Rangoon Lunatic Asylum 1898-1906 - 1898-1906
Year: 1898
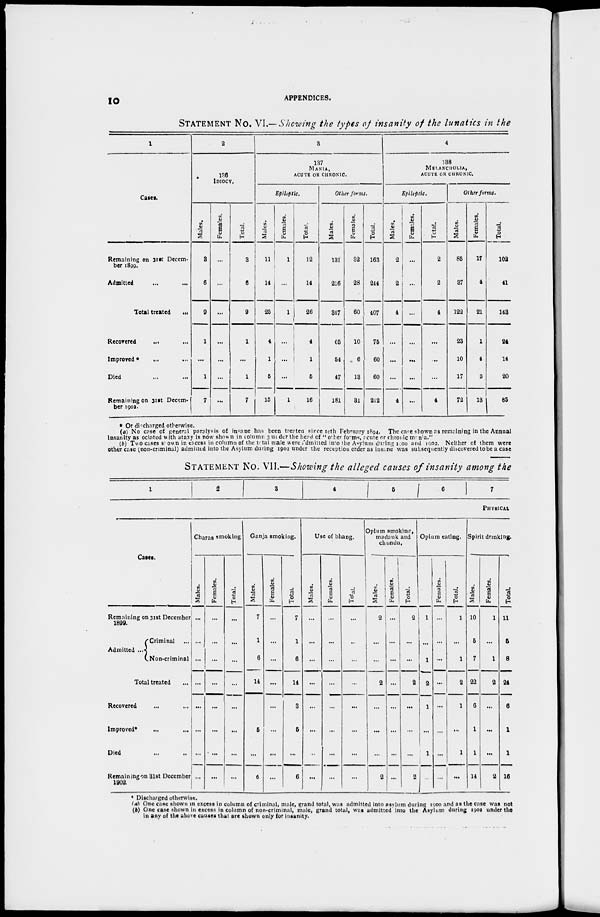
10
APPENDICES.
STATEMENT No. VI.— Showing the types of insanity of the lunatics in the
1
Cases.
Remaining on 31st Decem-
ber 1899.
Admitted ... ...
Total treated
...
Recovered ... ...
Improved * ... ...
Died ... ...
Remaining on 31st Decem-
ber 1902.
2
136
IDIOCY.
Males.
3
6
9
1
...
1
7
Females.
...
...
...
...
...
...
...
Total.
3
6
9
1
...
1
7
3
137
MANIA,
ACUTE OR CHRONIC.
Epileptic.
Males.
11
14
25
4
1
5
15
Females.
1
...
1
...
...
...
1
Total.
12
14
26
4
1
5
16
Other forms.
Males.
131
216
347
65
54
47
181
Females.
32
28
60
10
6
13
31
Total.
163
244
407
75
60
60
212
4
138
MELANCHOLIA.
ACUTE OR CHRONIC.
Epileptic.
Males.
2
2
4
...
...
...
4
Females.
...
...
...
...
...
...
...
Total.
2
2
4
...
...
...
4
Other forms.
Males.
85
37
122
23
10
17
72
Females.
17
4
21
1
4
3
13
Total.
102
41
143
24
14
20
85
* Or discharged otherwise.
(a) No case of general paralysis of insane has been treated since 10th February 1894. The case shown as remaining in the Annual
insanity associated with ataxy is now shown in column 3 under the head of " other forms, acute or chronic mania."
(b) Two cases shown in excess in column of the total male were admitted into the Asylum during 1900 and 1902. Neither of them were
other case (non-criminal) admitted into the Asylum during 1902 under the reception order as insane was subsequently discovered to be a case
STATEMENT No. VII.—Showing the alleged causes of insanity among the
1
2
3
4
5
6
7
PHYSICAL
Cases.
Remaining on 31st December
1899.
Admitted ...
Criminal ...
Non-criminal
Total treated ...
Recovered ... ...
Improved* ... ...
Died ... ...
Remaining on 31st December
1902.
Charas smoking
Males.
...
...
...
...
...
...
...
...
Females.
...
...
...
...
...
...
...
...
Total.
...
...
...
...
...
...
...
...
Ganja smoking.
Males.
7
1
6
14
...
5
...
6
Females.
...
...
...
...
...
...
...
...
Total.
7
1
6
14
3
5
...
6
Use of bhang.
Males.
...
...
...
...
...
...
...
...
Females.
...
...
...
...
...
...
...
...
Total.
...
...
...
...
...
...
...
...
Opium smoking,
madank and
chandu.
Males.
2
...
...
2
...
...
...
2
Females.
...
...
...
...
...
...
...
...
Total.
2
...
...
2
...
...
...
2
Opium eating.
1
...
1
2
1
...
1
...
Females.
...
...
...
...
...
...
...
...
Total.
1
...
1
2
1
...
1
...
Spirit drinking.
Males.
10
5
7
22
6
1
1
14
Females.
1
...
1
2
...
...
...
2
Total.
11
5
8
24
6
1
1
16
* Discharged otherwise.
(a) One case shown in excess in column of criminal, male, grand total, was admitted into asylum during 1900 and as the case was not
(b) One case shown in excess in column of non-criminal, male, grand total, was admitted into the Asylum during 1902 under the
in any of the above causes that are shown only for insanity.